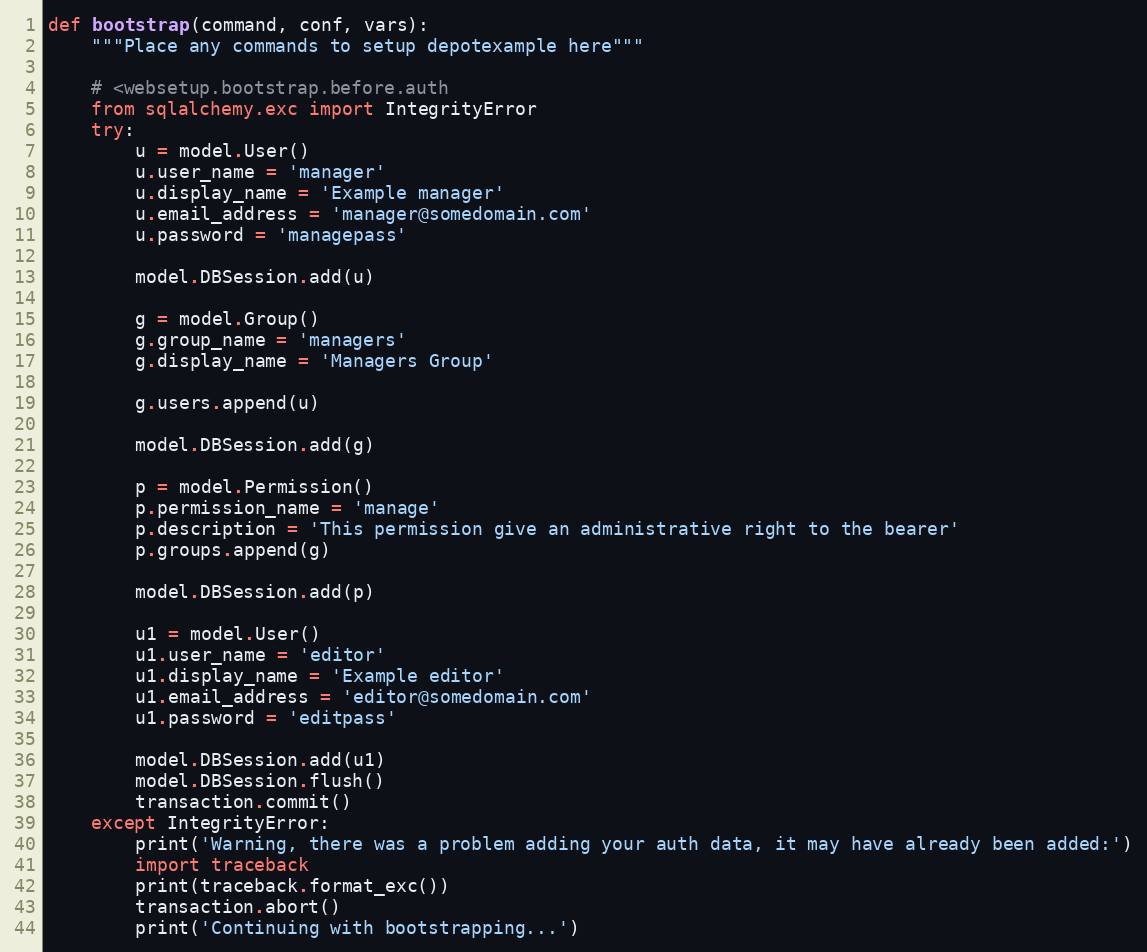
Language: Python
def bootstrap(command, conf, vars):
    """Place any commands to setup depotexample here"""

    # <websetup.bootstrap.before.auth
    from sqlalchemy.exc import IntegrityError
    try:
        u = model.User()
        u.user_name = 'manager'
        u.display_name = 'Example manager'
        u.email_address = 'manager@somedomain.com'
        u.password = 'managepass'

        model.DBSession.add(u)

        g = model.Group()
        g.group_name = 'managers'
        g.display_name = 'Managers Group'

        g.users.append(u)

        model.DBSession.add(g)

        p = model.Permission()
        p.permission_name = 'manage'
        p.description = 'This permission give an administrative right to the bearer'
        p.groups.append(g)

        model.DBSession.add(p)

        u1 = model.User()
        u1.user_name = 'editor'
        u1.display_name = 'Example editor'
        u1.email_address = 'editor@somedomain.com'
        u1.password = 'editpass'

        model.DBSession.add(u1)
        model.DBSession.flush()
        transaction.commit()
    except IntegrityError:
        print('Warning, there was a problem adding your auth data, it may have already been added:')
        import traceback
        print(traceback.format_exc())
        transaction.abort()
        print('Continuing with bootstrapping...')